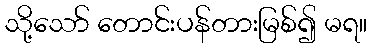
သို့သော် တောင်းပန်တားမြစ်၍ မရ။